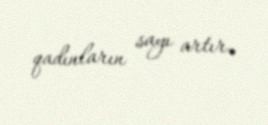
qadınların sayı artır.